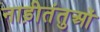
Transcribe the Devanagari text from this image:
नाड़ीतंतुओं